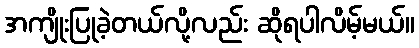
အကျိုးပြုခဲ့တယ်လို့လည်း ဆိုရပါလိမ့်မယ်။